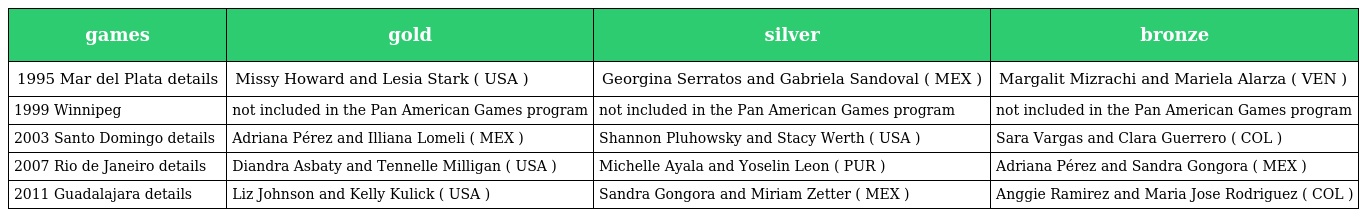
| games | gold | silver | bronze |
 | --- | --- | --- | --- |
 | 1995 Mar del Plata details | Missy Howard and Lesia Stark ( USA ) | Georgina Serratos and Gabriela Sandoval ( MEX ) | Margalit Mizrachi and Mariela Alarza ( VEN ) |
 | 1999 Winnipeg | not included in the Pan American Games program | not included in the Pan American Games program | not included in the Pan American Games program |
 | 2003 Santo Domingo details | Adriana Pérez and Illiana Lomeli ( MEX ) | Shannon Pluhowsky and Stacy Werth ( USA ) | Sara Vargas and Clara Guerrero ( COL ) |
 | 2007 Rio de Janeiro details | Diandra Asbaty and Tennelle Milligan ( USA ) | Michelle Ayala and Yoselin Leon ( PUR ) | Adriana Pérez and Sandra Gongora ( MEX ) |
 | 2011 Guadalajara details | Liz Johnson and Kelly Kulick ( USA ) | Sandra Gongora and Miriam Zetter ( MEX ) | Anggie Ramirez and Maria Jose Rodriguez ( COL ) |